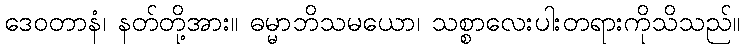
ဒေဝတာနံ၊ နတ်တို့အား။ ဓမ္မာဘိသမယော၊ သစ္စာလေးပါးတရားကိုသိသည်။